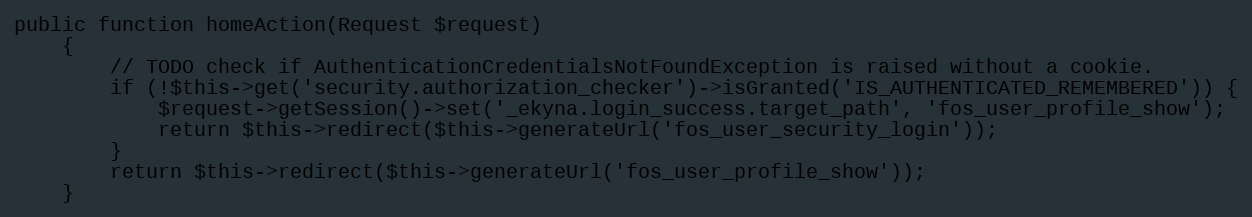
Language: PHP
public function homeAction(Request $request)
    {
        // TODO check if AuthenticationCredentialsNotFoundException is raised without a cookie.
        if (!$this->get('security.authorization_checker')->isGranted('IS_AUTHENTICATED_REMEMBERED')) {
            $request->getSession()->set('_ekyna.login_success.target_path', 'fos_user_profile_show');
            return $this->redirect($this->generateUrl('fos_user_security_login'));
        }
        return $this->redirect($this->generateUrl('fos_user_profile_show'));
    }